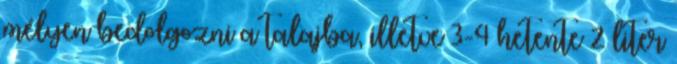
mélyen bedolgozni a talajba, illetve 3-4 hetente 2 liter